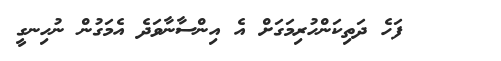
١١    ފަހެ ދަތިކަންހުރިމަގަށް އެ އިންސާނާވަދެ އެމަގުން ނުހިނގީ